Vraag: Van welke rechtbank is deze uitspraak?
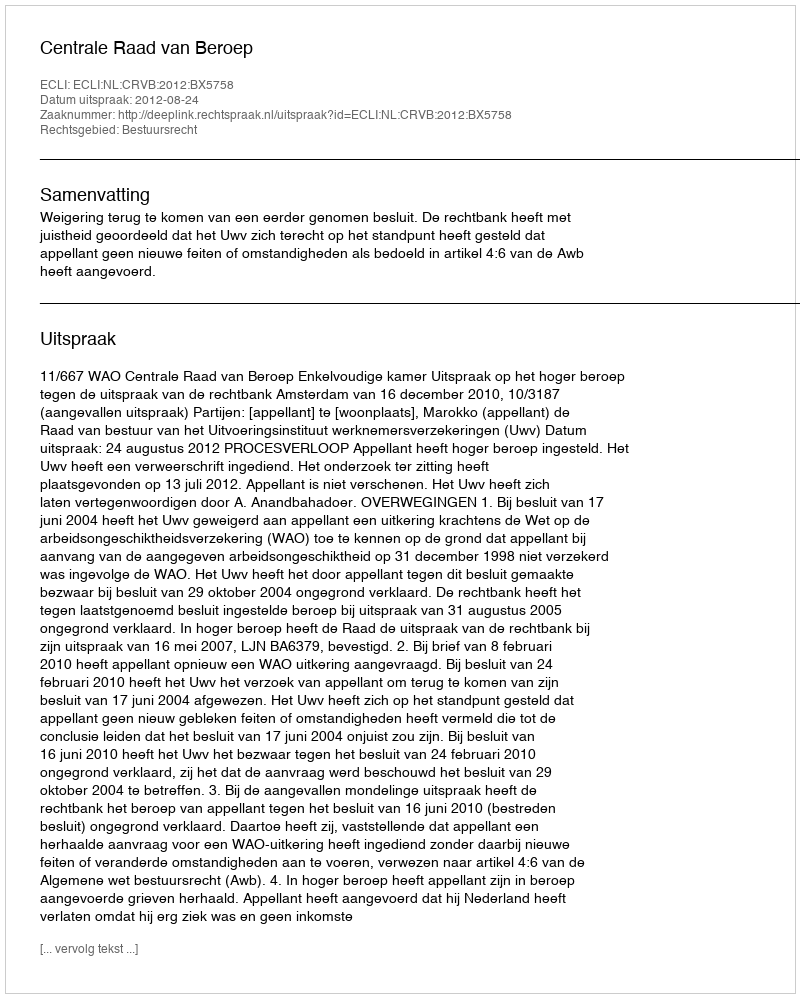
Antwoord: Centrale Raad van Beroep